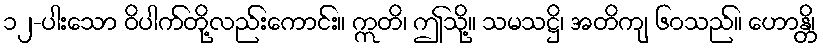
၁၂-ပါးသော ဝိပါက်တို့လည်းကောင်း။ ဣတိ၊ ဤသို့။ သမသဋ္ဌိ၊ အတိကျ ၆၀သည်။ ဟောန္တိ၊